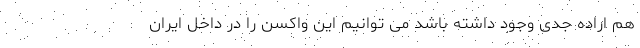
هم اراده جدی وجود داشته باشد می توانیم این واکسن را در داخل ایران